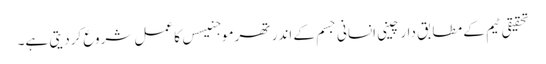
تحقیقی ٹیم کے مطابق دارچینی انسانی جسم کے اندر تھرموجنیسس کا عمل شروع کردیتی ہے۔